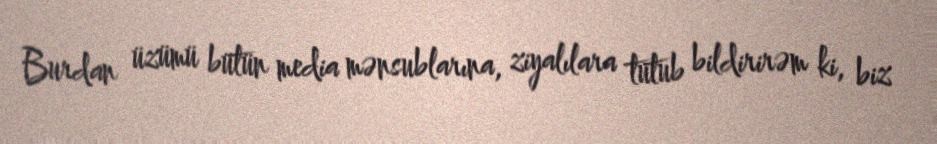
Burdan üzümü bütün media mənsublarına, ziyalılara tutub bildirirəm ki, biz